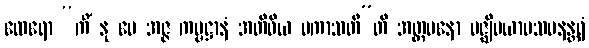
ထေရော “ကိံ နု မေ အဇ္ဇ ကမ္မဋ္ဌာနံ အတိဝိယ ပကာသတီ”တိ အတ္တမနော မဇ္ဈိမယာမသမနန္တရံ